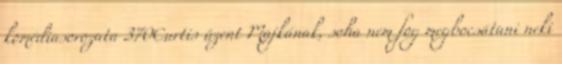
komédiasorozata 370Curtis üzent Majkának, soha nem fog megbocsátani neki